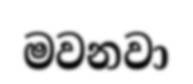
මවනවා